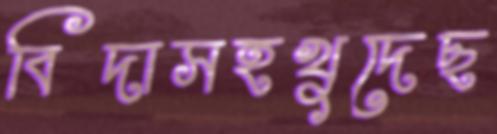
বিদাসহখুদেছ